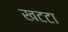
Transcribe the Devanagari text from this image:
खटटा